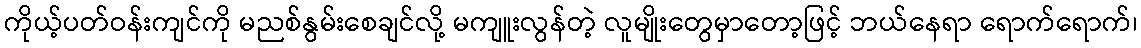
ကိုယ့်ပတ်ဝန်းကျင်ကို မညစ်နွမ်းစေချင်လို့ မကျူးလွန်တဲ့ လူမျိုးတွေမှာတော့ဖြင့် ဘယ်နေရာ ရောက်ရောက်၊